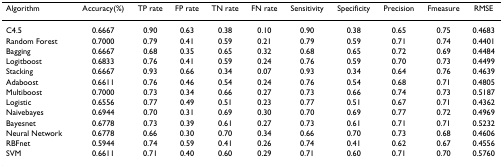
<table><thead><tr><td><b>Algorithm</b></td><td><b>Accuracy(%)</b></td><td><b>TP rate</b></td><td><b>FP rate</b></td><td><b>TN rate</b></td><td><b>FN rate</b></td><td><b>Sensitivity</b></td><td><b>Specificity</b></td><td><b>Precision</b></td><td><b>Fmeasure</b></td><td><b>RMSE</b></td></tr></thead><tbody><tr><td>C4.5</td><td>0.6667</td><td>0.90</td><td>0.63</td><td>0.38</td><td>0.10</td><td>0.90</td><td>0.38</td><td>0.65</td><td>0.75</td><td>0.4683</td></tr><tr><td>Random Forest</td><td>0.7000</td><td>0.79</td><td>0.41</td><td>0.59</td><td>0.21</td><td>0.79</td><td>0.59</td><td>0.71</td><td>0.74</td><td>0.4401</td></tr><tr><td>Bagging</td><td>0.6667</td><td>0.68</td><td>0.35</td><td>0.65</td><td>0.32</td><td>0.68</td><td>0.65</td><td>0.72</td><td>0.69</td><td>0.4484</td></tr><tr><td>Logitboost</td><td>0.6833</td><td>0.76</td><td>0.41</td><td>0.59</td><td>0.24</td><td>0.76</td><td>0.59</td><td>0.70</td><td>0.73</td><td>0.4499</td></tr><tr><td>Stacking</td><td>0.6667</td><td>0.93</td><td>0.66</td><td>0.34</td><td>0.07</td><td>0.93</td><td>0.34</td><td>0.64</td><td>0.76</td><td>0.4639</td></tr><tr><td>Adaboost</td><td>0.6611</td><td>0.76</td><td>0.46</td><td>0.54</td><td>0.24</td><td>0.76</td><td>0.54</td><td>0.68</td><td>0.71</td><td>0.4805</td></tr><tr><td>Multiboost</td><td>0.7000</td><td>0.73</td><td>0.34</td><td>0.66</td><td>0.27</td><td>0.73</td><td>0.66</td><td>0.74</td><td>0.73</td><td>0.5187</td></tr><tr><td>Logistic</td><td>0.6556</td><td>0.77</td><td>0.49</td><td>0.51</td><td>0.23</td><td>0.77</td><td>0.51</td><td>0.67</td><td>0.71</td><td>0.4362</td></tr><tr><td>Naivebayes</td><td>0.6944</td><td>0.70</td><td>0.31</td><td>0.69</td><td>0.30</td><td>0.70</td><td>0.69</td><td>0.77</td><td>0.72</td><td>0.4969</td></tr><tr><td>Bayesnet</td><td>0.6778</td><td>0.73</td><td>0.39</td><td>0.61</td><td>0.27</td><td>0.73</td><td>0.61</td><td>0.71</td><td>0.71</td><td>0.5232</td></tr><tr><td>Neural Network</td><td>0.6778</td><td>0.66</td><td>0.30</td><td>0.70</td><td>0.34</td><td>0.66</td><td>0.70</td><td>0.73</td><td>0.68</td><td>0.4606</td></tr><tr><td>RBFnet</td><td>0.5944</td><td>0.74</td><td>0.59</td><td>0.41</td><td>0.26</td><td>0.74</td><td>0.41</td><td>0.62</td><td>0.67</td><td>0.4556</td></tr><tr><td>SVM</td><td>0.6611</td><td>0.71</td><td>0.40</td><td>0.60</td><td>0.29</td><td>0.71</td><td>0.60</td><td>0.71</td><td>0.70</td><td>0.5760</td></tr></tbody></table>